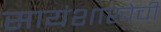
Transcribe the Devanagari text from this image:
सायंशाखेची